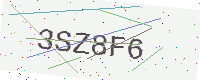
Text: 3SZ8F6